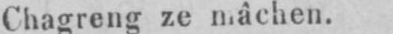
Chagreng ze mâchen.